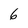
Character: 6